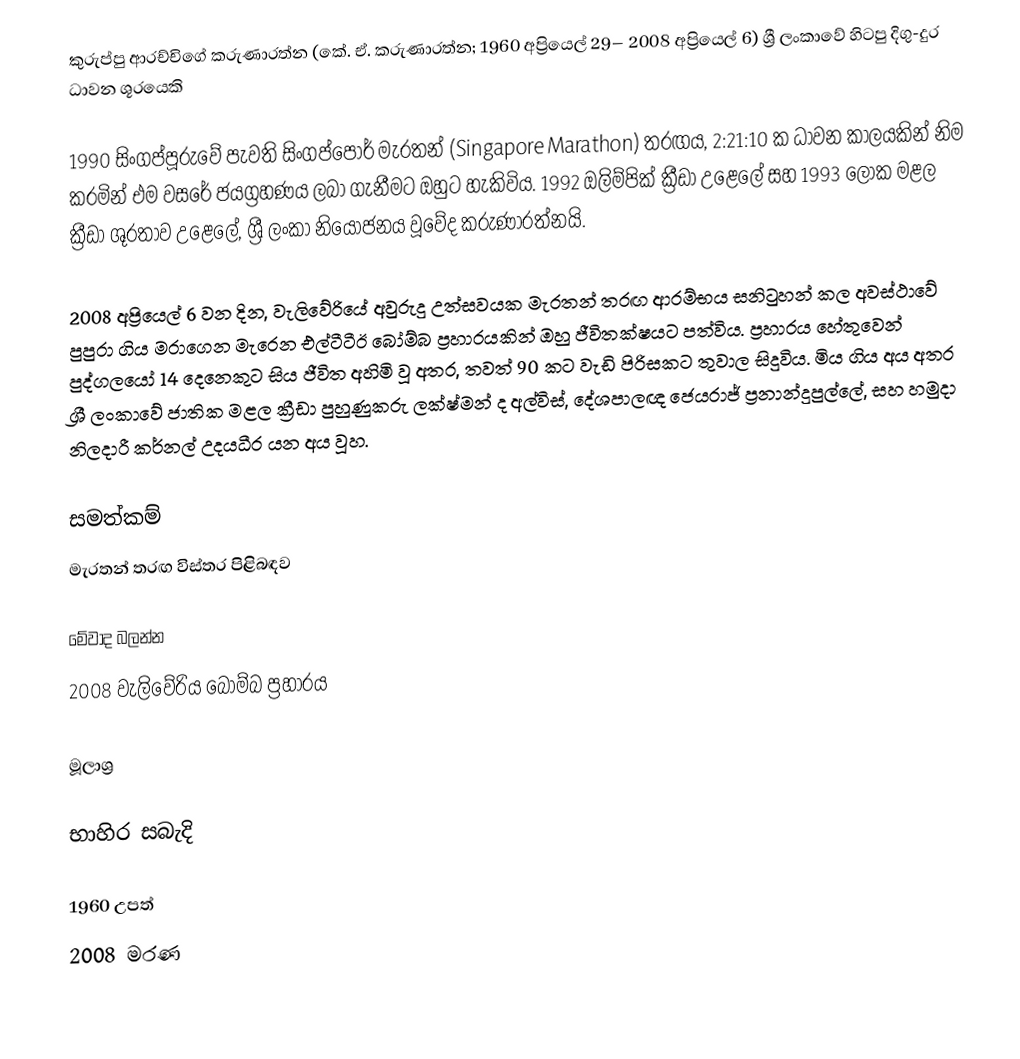
කුරුප්පු ආරච්චිගේ කරුණාරත්න (කේ. ඒ. කරුණාරත්න; 1960 අප්‍රියෙල් 29– 2008 අප්‍රියෙල් 6) ශ්‍රී ලංකාවේ  හිටපු දිගු-දුර ධාවන ශූරයෙකි

1990 සිංගප්පූරුවේ පැවති සිංගප්පෝර් මැරතන් (Singapore Marathon) තරඟය, 2:21:10 ක ධාවන කාලයකින් නිම කරමින් එම වසරේ ජයග්‍රහණය ලබා ගැනීමට ඔහුට හැකිවිය. 1992 ඔලිම්පික් ක්‍රීඩා උළෙලේ සහ 1993 ලෝක මළල ක්‍රීඩා ශූරතාව උළෙලේ, ශ්‍රී ලංකා නියෝජනය වූවේද කරුණාරත්නයි.

2008 අප්‍රියෙල් 6 වන දින, වැලිවේරියේ අවුරුදු උත්සවයක මැරතන් තරඟ ආරම්භය සනිටුහන් කල අවස්ථාවේ පුපුරා ගිය මරාගෙන මැරෙන එල්ටීටීඊ බෝම්බ ප්‍රහාරයකින් ඔහු ජීවිතක්ෂයට පත්විය. ප්‍රහාරය හේතුවෙන් පුද්ගලයෝ 14 දෙනෙකුට සිය ජීවිත අහිමි වූ අතර, තවත් 90 කට වැඩි පිරිසකට තුවාල සිදුවිය. මිය ගිය අය අතර ශ්‍රී ලංකාවේ ජාතික මළල ක්‍රීඩා පුහුණුකරු ලක්ෂ්මන් ද අල්විස්, දේශපාලඥ ජෙයරාජ් ප්‍රනාන්දුපුල්ලේ, සහ හමුදා නිලදාරී කර්නල් උදයධීර යන අය වූහ.

සමත්කම්
 මැරතන් තරඟ විස්තර පිළිබඳව

මේවාද බලන්න
 2008 වැලිවේරිය බෝම්බ ප්‍රහාරය

මූලාශ්‍ර

භාහිර සබැදි

1960 උපත්
2008 මරණ